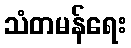
သံတမန်ရေး